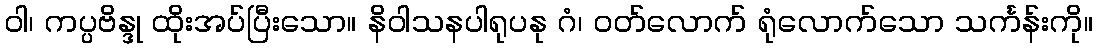
ဝါ၊ ကပ္ပဗိန္ဒု ထိုးအပ်ပြီးသော။ နိဝါသနပါရုပနု ဂံ၊ ဝတ်လောက် ရုံလောက်သော သင်္ကန်းကို။